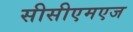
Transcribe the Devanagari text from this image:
सीसीएमएज